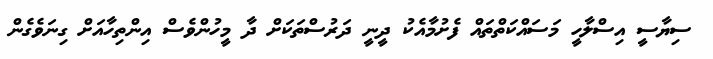
ސިޔާސީ އިސްލާހީ މަސައްކަތްތައް ފެށުމާއެކު ދީނީ ދަރުސްތަކަށް ދާ މީހުންވެސް އިންތިހާއަށް ގިނަވެގެން